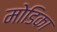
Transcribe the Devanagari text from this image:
मोडिका